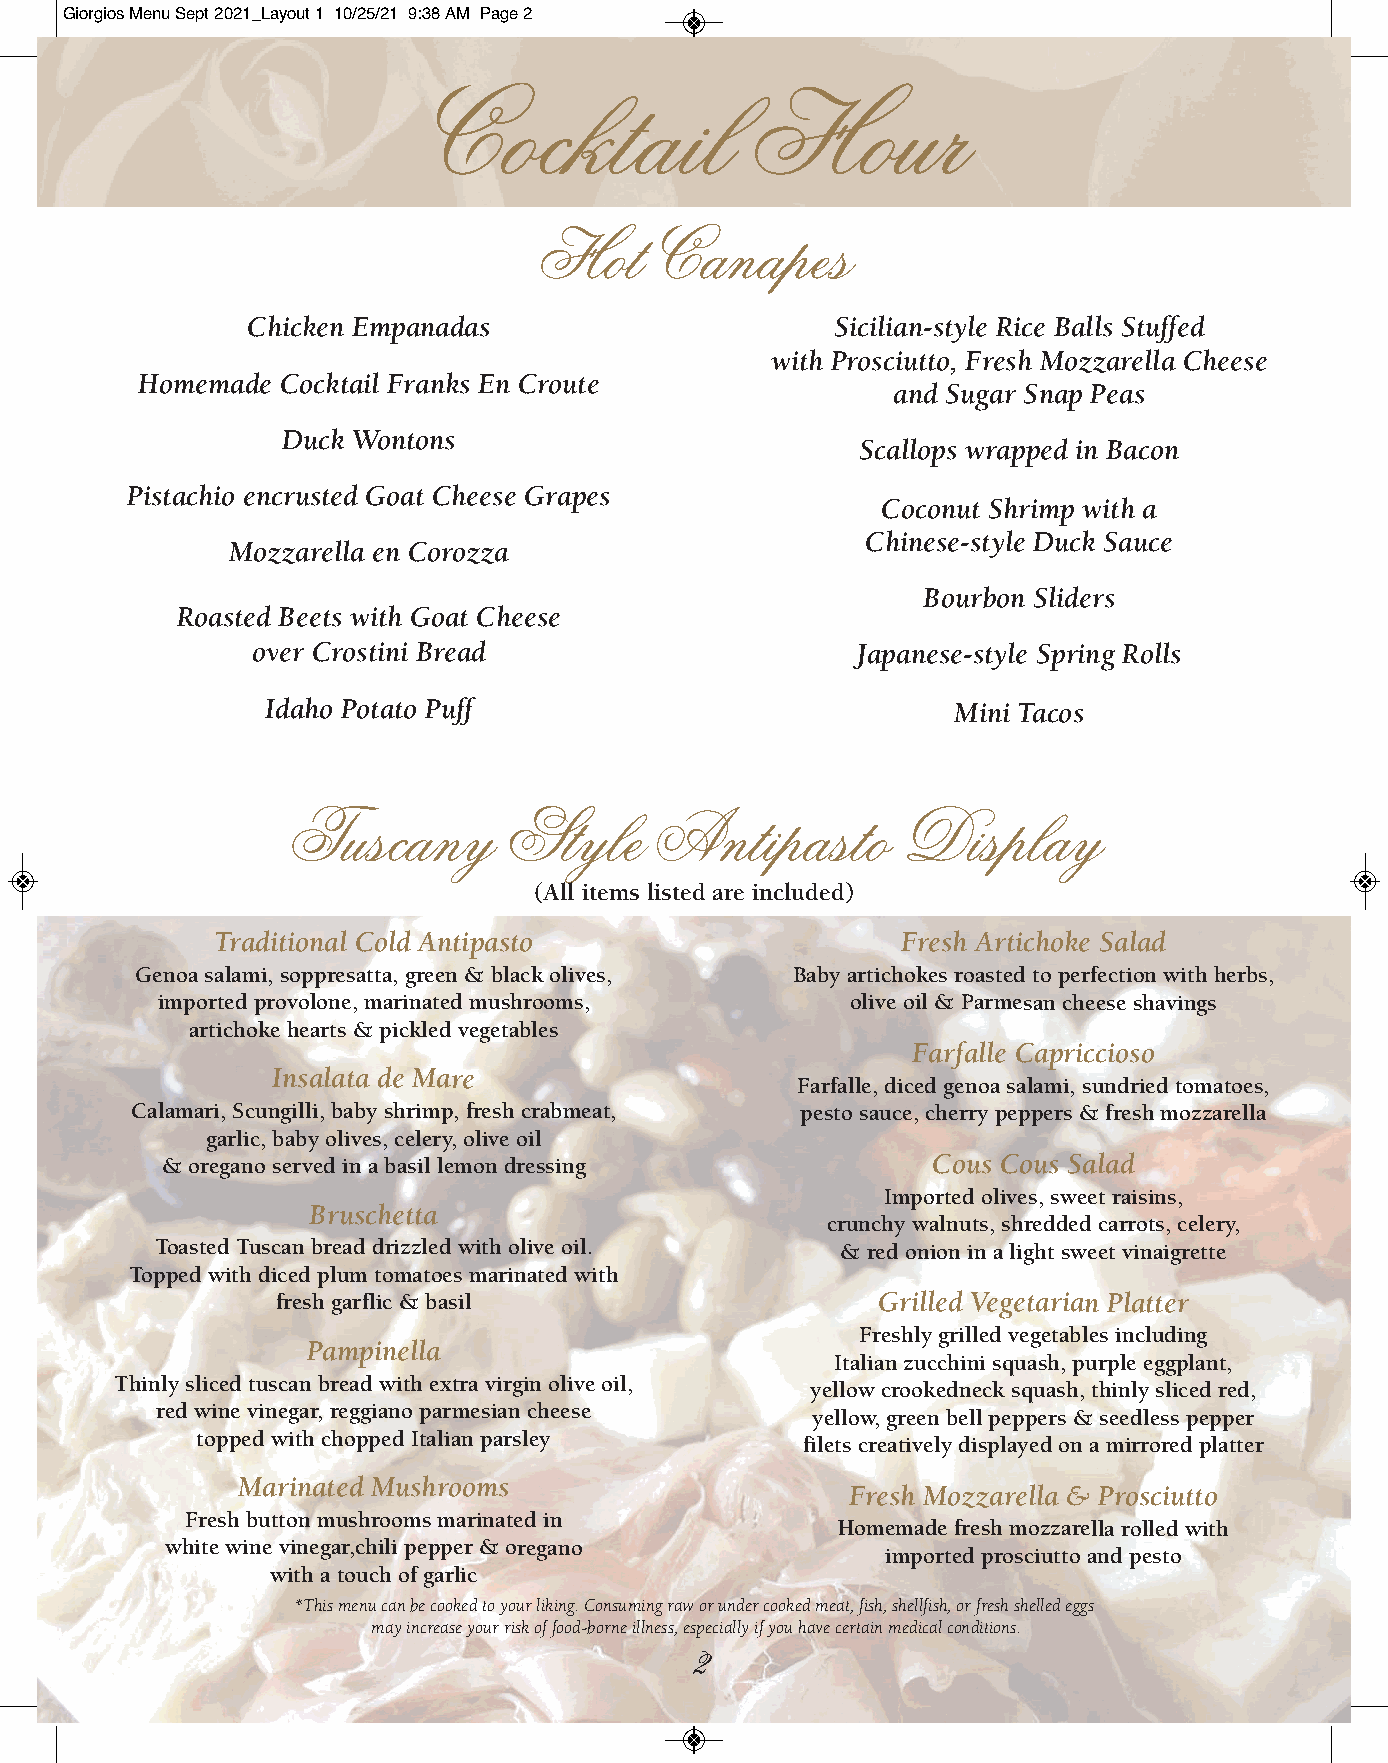
Giorgios Menu Sept 2021_Layout 1 10/25/21 9:38 AM Page 2
 Cocktail              Hour
 Hot    Canapes
 Chicken Empanadas                      Sicilian-style Rice Balls Stuffed
 with Prosciutto, Fresh Mozzarella Cheese
 Homemade  Cocktail Franks En Croute
 and Sugar Snap Peas
 Duck Wontons
 Scallops wrapped in Bacon
 Pistachio encrusted Goat Cheese Grapes
 Coconut Shrimp with a
 Chinese-style Duck Sauce
 Mozzarella en Corozza
 Bourbon Sliders
 Roasted Beets with Goat Cheese
 over Crostini Bread                     Japanese-style Spring Rolls
 Idaho Potato Puff                            Mini Tacos
 Tuscany       Style     Antipasto        Display
 (All items listed are included)
 Traditional Cold Antipasto                    Fresh Artichoke Salad
 Genoa salami, soppresatta, green & black olives, Baby artichokes roasted to perfection with herbs,
 imported provolone, marinated mushrooms,      olive oil & Parmesan cheese shavings
 artichoke hearts & pickled vegetables
 Farfalle Capriccioso
 Insalata de Mare
 Farfalle, diced genoa salami, sundried tomatoes,
 Calamari, Scungilli, baby shrimp, fresh crabmeat, pesto sauce, cherry peppers & fresh mozzarella
 garlic, baby olives, celery, olive oil
 & oregano served in a basil lemon dressing         Cous Cous Salad
 Imported olives, sweet raisins,
 Bruschetta
 crunchy walnuts, shredded carrots, celery,
 Toasted Tuscan bread drizzled with olive oil. & red onion in a light sweet vinaigrette
 Topped with diced plum tomatoes marinated with
 fresh garflic & basil                   Grilled Vegetarian Platter
 Freshly grilled vegetables including
 Pampinella
 Italian zucchini squash, purple eggplant,
 Thinly sliced tuscan bread with extra virgin olive oil,
 yellow crookedneck squash, thinly sliced red,
 red wine vinegar, reggiano parmesian cheese
 yellow, green bell peppers & seedless pepper
 topped with chopped Italian parsley
 filets creatively displayed on a mirrored platter
 Marinated Mushrooms
 Fresh Mozzarella & Prosciutto
 Fresh button mushrooms marinated in
 Homemade fresh mozzarella rolled with
 white wine vinegar,chili pepper & oregano
 imported prosciutto and pesto
 with a touch of garlic
 *This menu can be cooked to your liking. Consuming raw or under cooked meat, fish, shellfish, or fresh shelled eggs
 may increase your risk of food-borne illness, especially if you have certain medical conditions.
 2